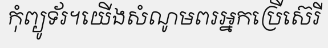
កុំព្យូទ័រ។យើងសំណូមពរអ្នកប្រើស៊េរី